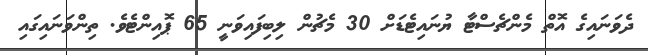
ދެވަނައިގެ އޮތް މެންޗެސްޓާ ޔުނައިޓެޑަށް 30 މެޗުން ލިބިފައިވަނީ 65 ޕޮއިންޓެވެ. ތިންވަނައިގައި